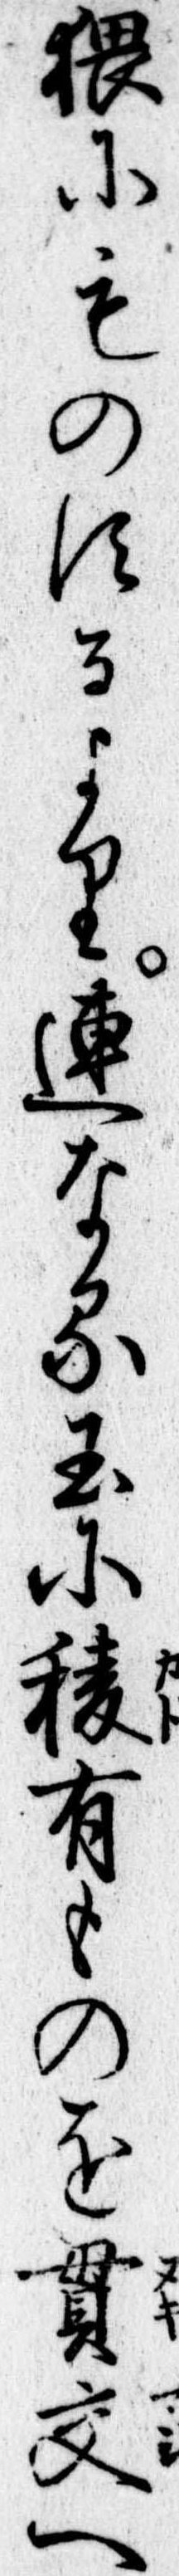
猥にものするより連なる玉に稜有ものを貫交へ